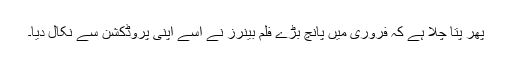
پھر پتا چلا ہے کہ فروری میں پانچ بڑے فلم بینرز نے اسے اپنی پروڈکشن سے نکال دیا۔